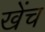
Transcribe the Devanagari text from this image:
खेंच